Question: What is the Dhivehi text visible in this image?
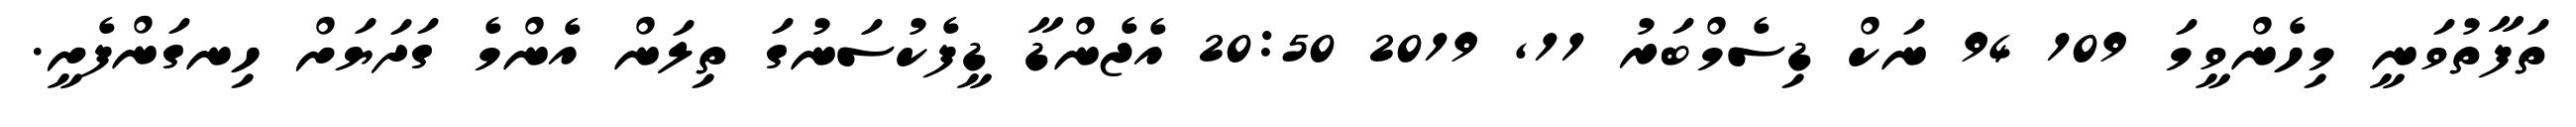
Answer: ތަފާތުވަނީ މިހެންވީމަ 109 94 ނަކް ޑިސެމްބަރު 11, 2019 20:50 އެޖެންޑާ ޑީފެކުސަނުގަ ތިލަން އެންމެ ގަދަޔަށް ހިނގަންފެށީ.